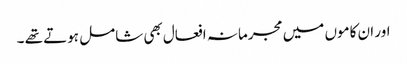
اور ان کاموں میں مجرمانہ افعال بھی شامل ہوتے تھے ۔